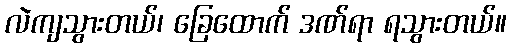
လဲကျသွားတယ်၊ ခြေထောက် ဒဏ်ရာ ရသွားတယ်။